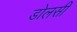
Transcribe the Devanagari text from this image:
डोलसी